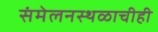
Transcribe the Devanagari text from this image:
संमेलनस्थळाचीही